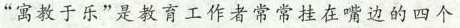
“寓教于乐”是教育工作者常常挂在嘴边的四个